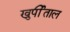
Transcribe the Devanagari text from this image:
खुर्पीताल